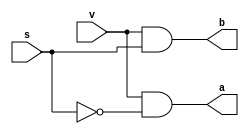
`timescale 1ns / 1ps
//////////////////////////////////////////////////////////////////////////////////
// Company: 
// Engineer: 
// 
// Design Name: 
// Module Name:    two_code 
// Project Name: 
// Target Devices: 
// Tool versions: 
// Description: 
//
// Dependencies: 
//
// Revision: 
// Revision 0.01 - File Created
// Additional Comments: 
//
//////////////////////////////////////////////////////////////////////////////////
module two_code(v,s,a,b);
input v,s;
output a,b;
wire a1,a2;
and g1(a,v,~s);
and g2(b,v,s);

endmodule